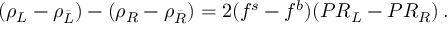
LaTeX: ( \rho _ { L } - \rho _ { \bar { L } } ) - ( \rho _ { R } - \rho _ { \bar { R } } ) = 2 ( f ^ { s } - f ^ { b } ) ( P R _ { L } - P R _ { R } ) \, .